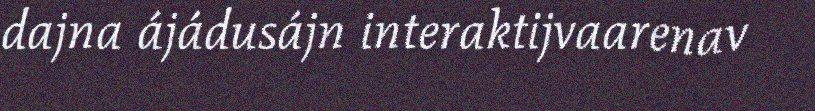
dajna ájádusájn interaktijvaarenav